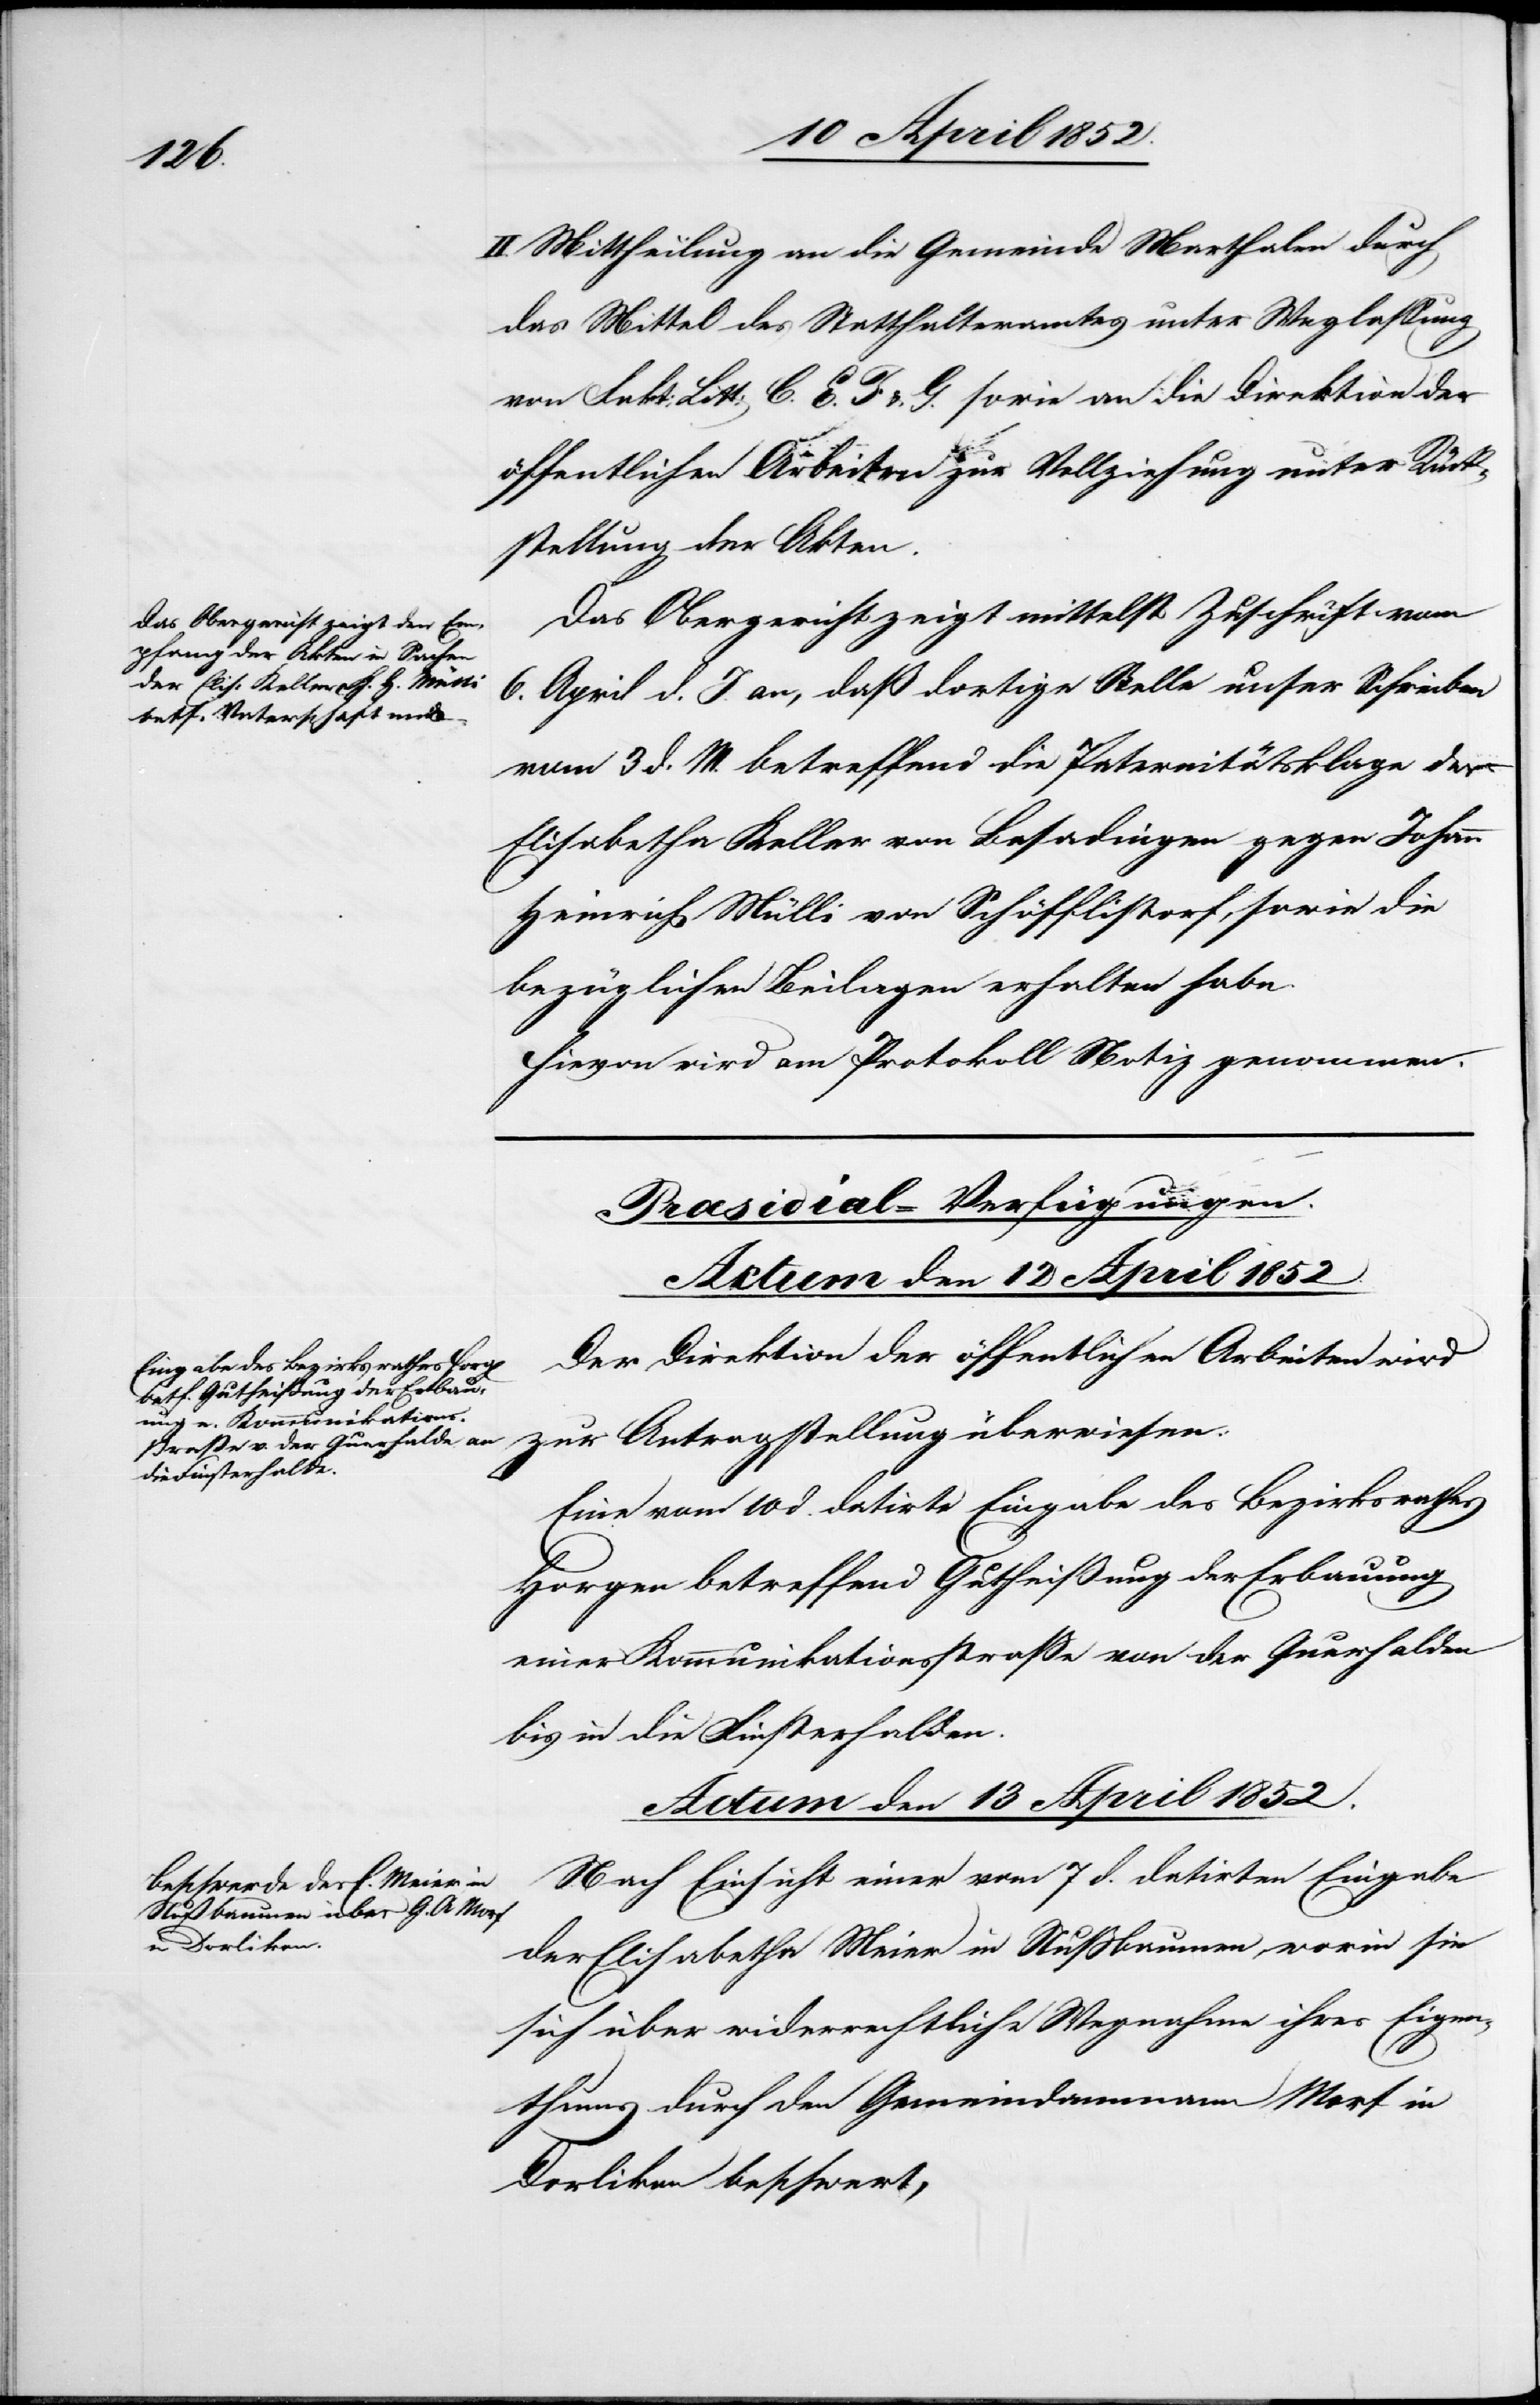
II. Mittheilung an die Gemeinde Marthalen durch
das Mittel des Statthalteramtes unter Weglassung
von Fakt: Litt: C.[,] E.[,] F & G. sowie an die Direktion der
öffentlichen Arbeiten zur Vollziehung unter Rück¬
stellung der Akten.
Das Obergericht zeigt mittelst Zuschrift vom
6. April d. J. an, daß dortige Stelle unser Schreiben
vom 3 d. M. betreffend die Paternitätsklage der
Elisabetha Keller von Basadingen gegen Johann
Heinrich Mülli von Schöfflistorf, sowie die
bezüglichen Beilagen erhalten habe.
Hievon wird am Protokoll Notiz genommen.
[Præsidial-Verfügungen.]
Actum den 13 April 1852.
Der Direktion der öffentlichen Arbeiten wird
zur Antragstellung überwiesen:
Eine vom 10 d. datirte Eingabe des Bezirksrathes
Horgen betreffend Gutheißung der Erbauung
einer Kommunikationsstrasse von der Querhalden
bis in die Finsterhalden.
Nach Einsicht einer vom 7 d. datirten Eingabe
der Elisabetha Meier in Nussbaumen, worin sie
sich über widerrechtliche Wegnahme ihres Eigen¬
thums durch den Gemeindammann Morf in
Dorlikon beschwert,